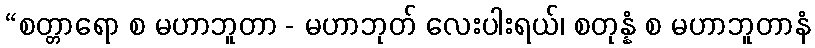
“စတ္တာရော စ မဟာဘူတာ - မဟာဘုတ် လေးပါးရယ်၊ စတုန္နံ စ မဟာဘူတာနံ